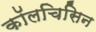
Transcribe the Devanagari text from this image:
कॉलचिसिन